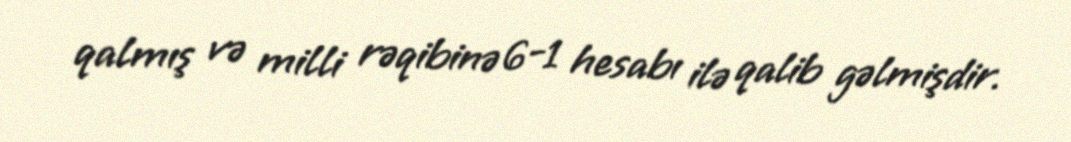
qalmış və milli rəqibinə 6-1 hesabı ilə qalib gəlmişdir.